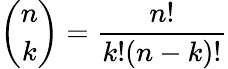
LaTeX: {\binom{n}{k}}={\frac{n!}{k!(n-k)!}}